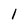
Character: l